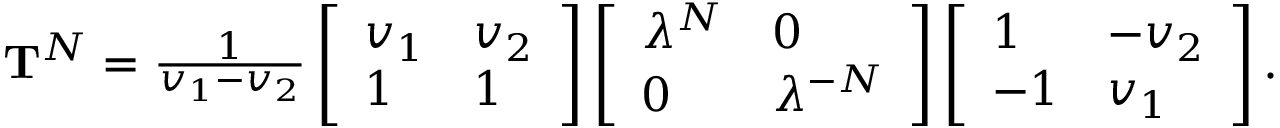
\begin{array} { r } { \mathbf { T } ^ { N } = \frac { 1 } { v _ { 1 } - v _ { 2 } } \left[ \begin{array} { l l } { v _ { 1 } } & { v _ { 2 } } \\ { 1 } & { 1 } \end{array} \right] \left[ \begin{array} { l l } { \lambda ^ { N } } & { 0 } \\ { 0 } & { \lambda ^ { - N } } \end{array} \right] \left[ \begin{array} { l l } { 1 } & { - v _ { 2 } } \\ { - 1 } & { v _ { 1 } } \end{array} \right] . } \end{array}